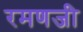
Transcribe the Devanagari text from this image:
रमणजी